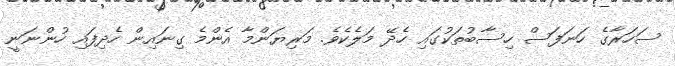
ސަހަރާގެ ހަނަފަސް ހިސާބުތަކުގައި ހެދޭ މަލެކެވެ. މަރިޔަންމާ އެންމެ ގިނައިން ހެދިފައި ހުންނަނީ